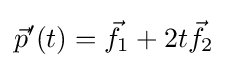
{\vec {p}}'(t)={\vec {f}}_{1}+2t{\vec {f}}_{2}